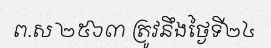
ព.ស ២៥៦៣ ត្រូវនឹងថ្ងៃទី២៤